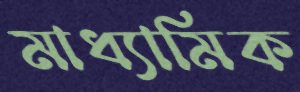
মাধ্যামিক